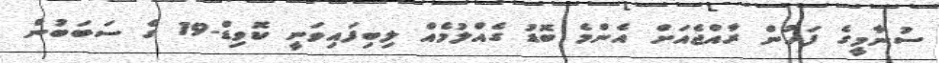
ސުނާމީގެ ފަހުން ރާއްޖެއަށް އެންމެ ބޮޑު ގެއްލުމެއް ލިބިފައިވަނީ ކޮވިޑް-19 ގެ ސަބަބުން